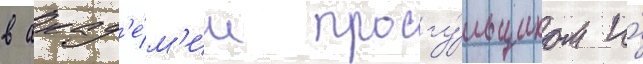
в акад'е́м'ии прогу́льщиком и́